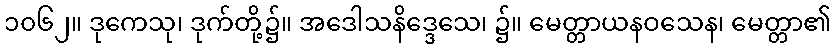
၁၀၆၂။ ဒုကေသု၊ ဒုက်တို့၌။ အဒေါသနိဒ္ဒေသေ၊ ၌။ မေတ္တာယနဝသေန၊ မေတ္တာ၏